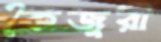
কৈজুরী